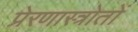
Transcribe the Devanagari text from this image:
प्रेरणास्त्रोतों